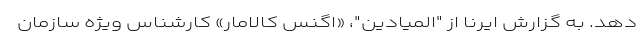
دهد. به گزارش ایرنا از "المیادین"، «اگنس کالامار» کارشناس ویژه سازمان